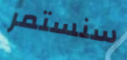
سنستمر